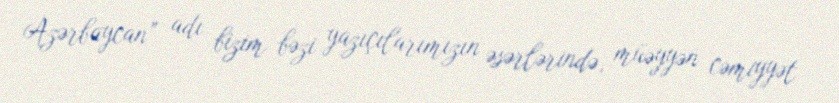
Azərbaycan” adı bizim bəzi yazıçılarımızın əsərlərində, müəyyən cəmiyyət